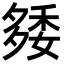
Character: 𥟿